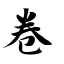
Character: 卷